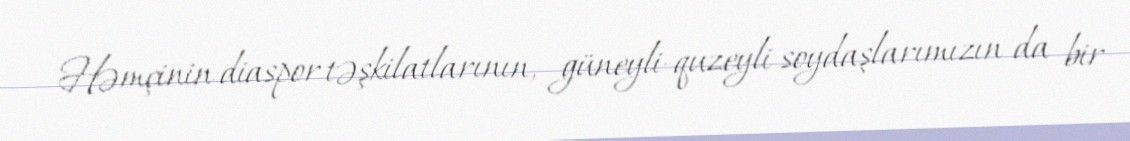
Həmçinin diaspor təşkilatlarının, güneyli-quzeyli soydaşlarımızın da bir